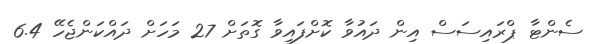
ސެންޓާ ޕްރައިސަސް އިން ދައުވާ ކޮށްފައިވާ ގޮތަށް 27 މަހަށް ދައްކަންޖެހޭ 6.4